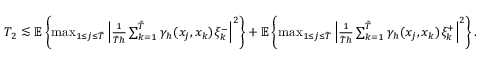
\begin{array} { r } { T _ { 2 } \lesssim \mathbb { E } \left\{ \operatorname* { m a x } _ { 1 \leq j \leq \tilde { T } } \left| \frac { 1 } { \tilde { T } h } \sum _ { k = 1 } ^ { \tilde { T } } \gamma _ { h } ( x _ { j } , x _ { k } ) \xi _ { k } ^ { - } \right| ^ { 2 } \right\} + \mathbb { E } \left\{ \operatorname* { m a x } _ { 1 \leq j \leq \tilde { T } } \left| \frac { 1 } { \tilde { T } h } \sum _ { k = 1 } ^ { \tilde { T } } \gamma _ { h } ( x _ { j } , x _ { k } ) \xi _ { k } ^ { + } \right| ^ { 2 } \right\} . } \end{array}